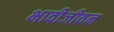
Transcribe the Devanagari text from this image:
भावीजीवन